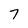
Character: 7